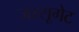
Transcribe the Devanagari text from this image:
जस्सूगेट